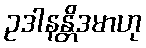
ဥဒါနန္တိဒမာဟု